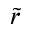
\tilde { r }